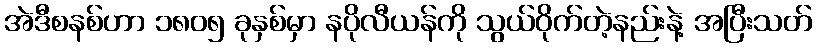
အဲဒီစနစ်ဟာ ၁၈၀၅ ခုနှစ်မှာ နပိုလီယန်ကို သွယ်ဝိုက်တဲ့နည်းနဲ့ အပြီးသတ်